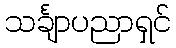
သင်္ချာပညာရှင်